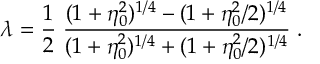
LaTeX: \lambda = \frac 1 2 \; { \frac { ( 1 + \eta _ { 0 } ^ { 2 } ) ^ { 1 / 4 } - ( 1 + \eta _ { 0 } ^ { 2 } / 2 ) ^ { 1 / 4 } } { ( 1 + \eta _ { 0 } ^ { 2 } ) ^ { 1 / 4 } + ( 1 + \eta _ { 0 } ^ { 2 } / 2 ) ^ { 1 / 4 } } } \; .